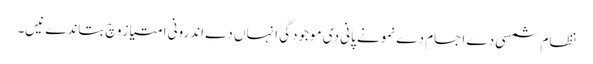
نظام شمسی دے اجسام دے نمونے پانی دی موجودگی انہاں دے اندرونی امتیاز وچ بتاندے نیں۔